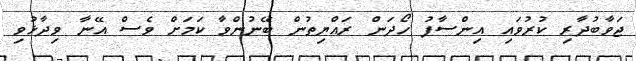
ޖަވާބުދާރި ކުރުވައި އިންސާފު ހޯދަން ރައްޔިތުން ބޭނުންވާ ކަމަށް ވެސް އޭނާ ވިދާޅުވި